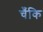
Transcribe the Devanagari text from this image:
चँकि